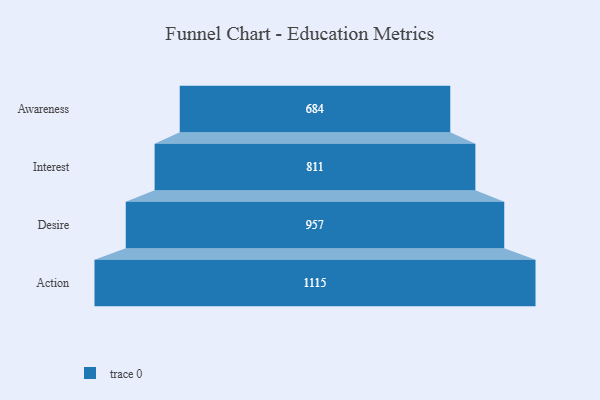
{"axis": {"x": "Stage", "y": "Value"}, "legend": [""], "data": [{"x": "Awareness", "y": 684.0, "type": ""}, {"x": "Interest", "y": 811.0, "type": ""}, {"x": "Desire", "y": 957.0, "type": ""}, {"x": "Action", "y": 1115.0, "type": ""}]}